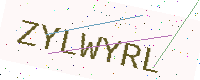
Text: ZYLWYRL